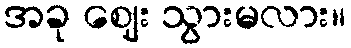
အခု ဈေး သွားမလား။